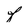
Character: f